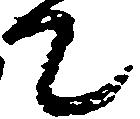
て